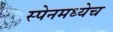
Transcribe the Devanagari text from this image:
स्पेनमध्येच